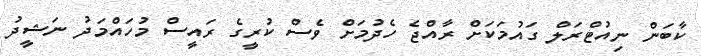
ކާބަން ނިއުޓްރަލް ގައުމަކަށް ރާއްޖެ ހެދުމަށް ވެސް ކުރީގެ ރައީސް މުހައްމަދު ނަޝީދު